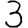
Digit: 3